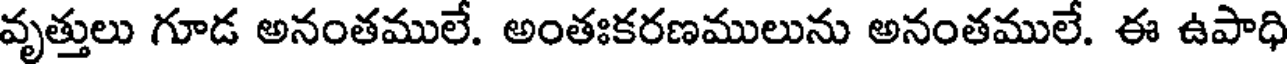
వృత్తులు గూడ అనంతములే. అంతఃకరణములును అనంతములే. ఈ ఉపాధి